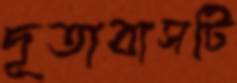
দূতাবাসটি